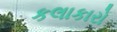
કલાકારો